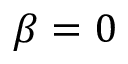
\beta = 0